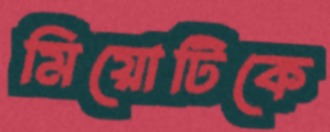
মিয়োটিকে